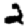
Digit: 2